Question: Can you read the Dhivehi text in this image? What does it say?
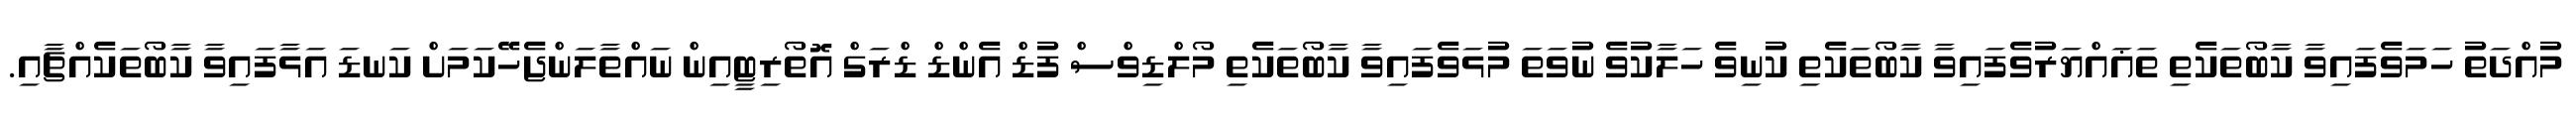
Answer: މުއްދަތު ހަމަވެފައިވާ ކާބޯތަކެތި ތަޣައްޔަރުވެފައިވާ ކާބޯތަކެތި ކުނިވެ ހަލާކުވެ ނުވަތަ މުޅަވެފައިވާ ކާބޯތަކެތި މޯލްޑިވްސް ފުޑް އެންޑް ޑްރަގް އޮތޯރިޓީއިން ނައްތާލަންޖެހޭކަމަށް ކަނޑަ އަޅާފައިވާ ކާބޯތަކެއްޗާއި.